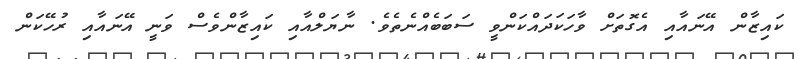
ކައިޒާން އޭނައާއި އެގޮތަށް ވާހަކަދައްކަންވީ ސަބަބެއްނެތެވެ. ނާޔަލްއާއި ކައިޒާންވެސް ވަނީ އޭނައާއި ރުހޭކަން